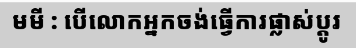
មមី : បើលោកអ្នកចង់ធ្វើការផ្លាស់ប្តូរ